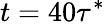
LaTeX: t=40\tau^{*}